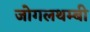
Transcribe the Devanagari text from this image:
जोगलथम्बी